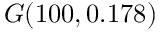
G ( 1 0 0 , 0 . 1 7 8 )